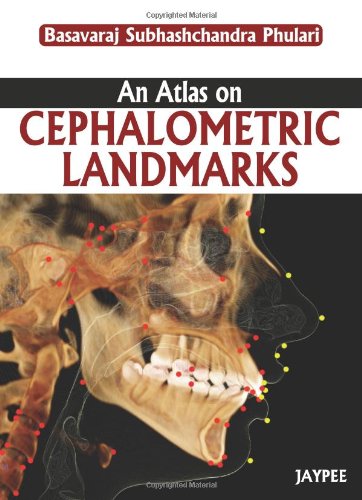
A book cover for An Atlas on Cephalometric Landmarks; Basavaraj Subhashchandra Phulari; Medical Books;